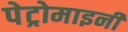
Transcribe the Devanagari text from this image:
पेट्रोमाइनी